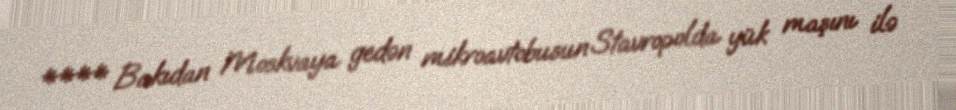
**** Bakıdan Moskvaya gedən mikroavtobusun Stavropolda yük maşını ilə